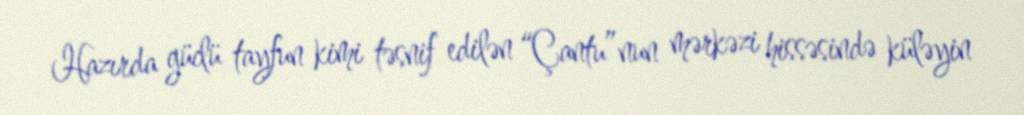
Hazırda güclü tayfun kimi təsnif edilən “Çantu”nun mərkəzi hissəsində küləyin